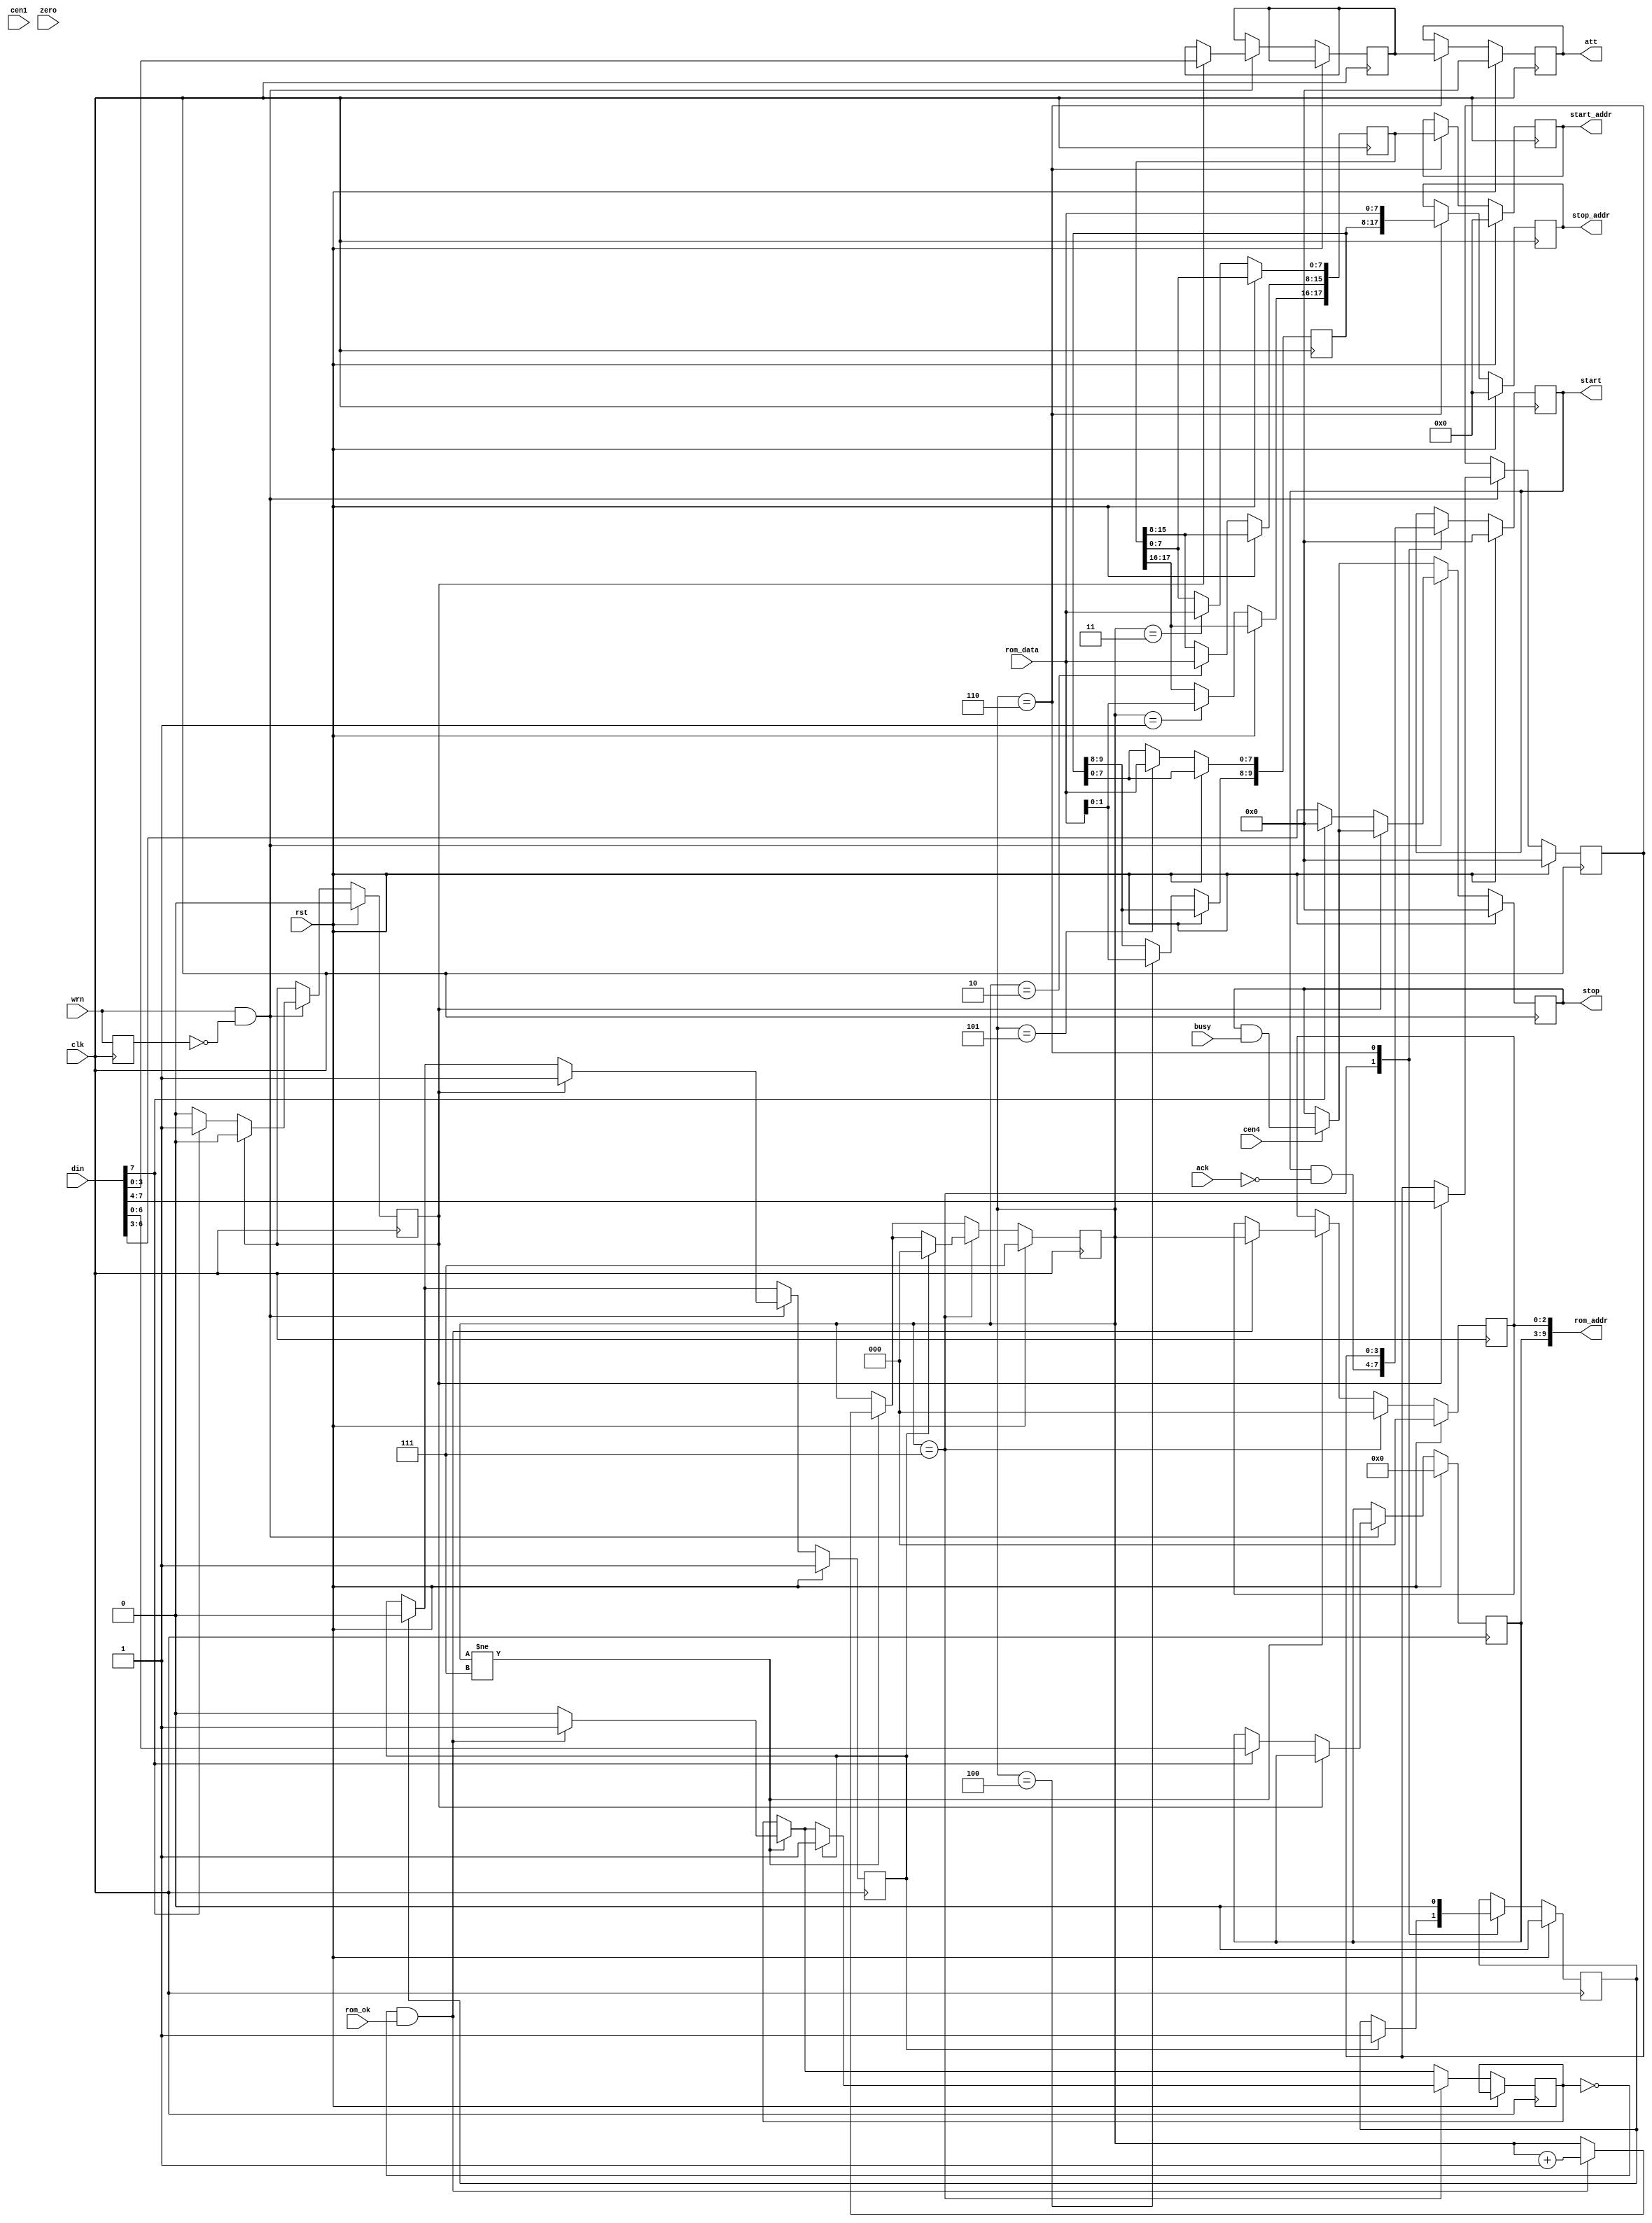
/*
  
   Multicore 2 / Multicore 2+
  
   Copyright (c) 2017-2020 - Victor Trucco

  
   All rights reserved
  
   Redistribution and use in source and synthezised forms, with or without
   modification, are permitted provided that the following conditions are met:
  
   Redistributions of source code must retain the above copyright notice,
   this list of conditions and the following disclaimer.
  
   Redistributions in synthesized form must reproduce the above copyright
   notice, this list of conditions and the following disclaimer in the
   documentation and/or other materials provided with the distribution.
  
   Neither the name of the author nor the names of other contributors may
   be used to endorse or promote products derived from this software without
   specific prior written permission.
  
   THIS CODE IS PROVIDED BY THE COPYRIGHT HOLDERS AND CONTRIBUTORS "AS IS"
   AND ANY EXPRESS OR IMPLIED WARRANTIES, INCLUDING, BUT NOT LIMITED TO,
   THE IMPLIED WARRANTIES OF MERCHANTABILITY AND FITNESS FOR A PARTICULAR
   PURPOSE ARE DISCLAIMED. IN NO EVENT SHALL THE AUTHOR OR CONTRIBUTORS BE
   LIABLE FOR ANY DIRECT, INDIRECT, INCIDENTAL, SPECIAL, EXEMPLARY, OR
   CONSEQUENTIAL DAMAGES (INCLUDING, BUT NOT LIMITED TO, PROCUREMENT OF
   SUBSTITUTE GOODS OR SERVICES; LOSS OF USE, DATA, OR PROFITS; OR BUSINESS
   INTERRUPTION) HOWEVER CAUSED AND ON ANY THEORY OF LIABILITY, WHETHER IN
   CONTRACT, STRICT LIABILITY, OR TORT (INCLUDING NEGLIGENCE OR OTHERWISE)
   ARISING IN ANY WAY OUT OF THE USE OF THIS SOFTWARE, EVEN IF ADVISED OF THE
   POSSIBILITY OF SUCH DAMAGE.
  
   You are responsible for any legal issues arising from your use of this code.
  
*//*  This file is part of JT6295.
    JT6295 program is free software: you can redistribute it and/or modify
    it under the terms of the GNU General Public License as published by
    the Free Software Foundation, either version 3 of the License, or
    (at your option) any later version.

    JT6295 program is distributed in the hope that it will be useful,
    but WITHOUT ANY WARRANTY; without even the implied warranty of
    MERCHANTABILITY or FITNESS FOR A PARTICULAR PURPOSE.  See the
    GNU General Public License for more details.

    You should have received a copy of the GNU General Public License
    along with JT6295.  If not, see <http://www.gnu.org/licenses/>.

    Author: Jose Tejada Gomez. Twitter: @topapate
    Version: 1.0
    Date: 6-1-2020 */

module jt6295_ctrl(
    input                  rst,
    input                  clk,
    input                  cen4,
    input                  cen1,
    // CPU
    input                  wrn,
    input      [ 7:0]      din,
    // Channel address
    output reg [17:0]      start_addr,
    output reg [17:0]      stop_addr,   
    // Attenuation
    output reg [ 3:0]      att,
    // ROM interface
    output     [ 9:0]      rom_addr,
    input      [ 7:0]      rom_data,    
    input                  rom_ok,
    // flow control
    output reg [ 3:0]      start,
    output reg [ 3:0]      stop,
    input      [ 3:0]      busy,
    input      [ 3:0]      ack,
    input                  zero
);

reg  last_wrn;
wire posedge_wrn  = wrn && !last_wrn;

// new request
reg [6:0] phrase;
reg       push, pull;
reg [3:0] ch, new_att;
reg       cmd;

always @(posedge clk) begin
    last_wrn <= wrn;
end

reg stop_clr;

`ifdef JT6295_DUMP
integer fdump;
integer ticks=0;
initial begin
    fdump=$fopen("jt6295.log");
end
always @(posedge zero) ticks<=ticks+1;
`endif


// Bus interface
always @(posedge clk) begin
    if( rst ) begin
        cmd      <= 1'b0;
        stop     <= 4'd0;
        ch       <= 4'd0;
        pull     <= 1'b1;
        phrase   <= 7'd0;
    end else begin
        if( cen4 ) begin
            stop <= stop & busy;
        end
        if( push ) pull <= 1'b0;
        if( posedge_wrn  ) begin // new write
            `ifdef JT6295_DUMP
            $fwrite("@%d - %X\n", ticks, din);
            `endif
            if( cmd ) begin // 2nd byte
                ch      <= din[7:4];
                new_att <= din[3:0];
                cmd     <= 1'b0;
                pull    <= 1'b1;
            end
            else if( din[7] ) begin // channel start
                phrase <= din[6:0];
                cmd    <= 1'b1; // wait for second byte
                stop   <= 4'd0;
            end else begin // stop data
                stop   <= din[6:3];
            end
        end
    end
end

reg [17:0] new_start;
reg [17:8] new_stop;
reg [ 2:0] st, addr_lsb;
reg [ 3:0] last_busy;
reg        wrom, wzero;

wire [3:0] busy_posedge = busy & ~last_busy;

assign rom_addr = { phrase, addr_lsb };

// Request phrase address
always @(posedge clk) begin
    if( rst ) begin
        st <= 3'd7;
        att <= 4'd0;
        start_addr <= 18'd0;
        stop_addr  <= 18'd0;
        start  <= 4'd0;
        last_busy <= 4'd0;
        wzero     <= 1'b0;
        push      <= 1'b0;
        addr_lsb  <= 3'b0;
    end else begin
        if(cen4) last_busy <= busy;
        if(st!=3'd7) begin
            wrom <= 1'b0;
            if( !wrom && rom_ok ) begin
                st       <= st+3'd1;
                addr_lsb <= st;
                wrom     <= 1'b1;
            end
        end
        case(st)
            3'd7: begin
                start    <= start & ~ack;
                addr_lsb <= 3'd0;
                if(pull) begin
                    st       <= 3'd0;
                    wrom     <= 1'b1;
                    push     <= 1'b1;
                end
            end
            3'd0:;
            3'd1: new_start[17:16] <= rom_data[1:0];
            3'd2: new_start[15: 8] <= rom_data;
            3'd3: new_start[ 7: 0] <= rom_data;
            3'd4: new_stop [17:16] <= rom_data[1:0];
            3'd5: new_stop [15: 8] <= rom_data;
            3'd6: begin
                start       <= ch;
                start_addr  <= new_start;
                stop_addr   <= {new_stop[17:8], rom_data} ;
                att         <= new_att;
                wzero       <= 1'b1;
                push        <= 1'b0;
            end
        endcase
    end
end

endmodule